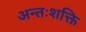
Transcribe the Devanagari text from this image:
अन्तःशक्ति